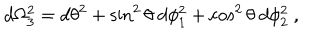
LaTeX: d \Omega _ { 3 } ^ { 2 } = d \theta ^ { 2 } + \sin ^ { 2 } \theta ~ d \phi _ { 1 } ^ { 2 } + \cos ^ { 2 } \theta ~ d \phi _ { 2 } ^ { 2 } \ ,